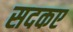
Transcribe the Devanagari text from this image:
सदकए